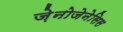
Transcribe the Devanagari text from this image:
ज़ेनोजेनेसिस